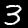
Digit: 3